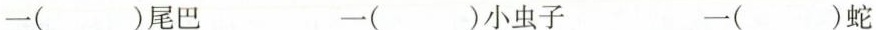
一( )尾巴 一( )小虫子 一( )蛇